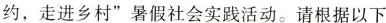
约，走进乡村”暑假社会实践活动。请根据以下